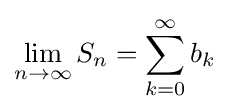
\lim _{n\to \infty }S_{n}=\sum _{k=0}^{\infty }b_{k}